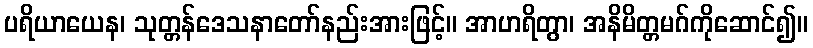
ပရိယာယေန၊ သုတ္တန်ဒေသနာတော်နည်းအားဖြင့်။ အာဟရိတွာ၊ အနိမိတ္တမဂ်ကိုဆောင်၍။